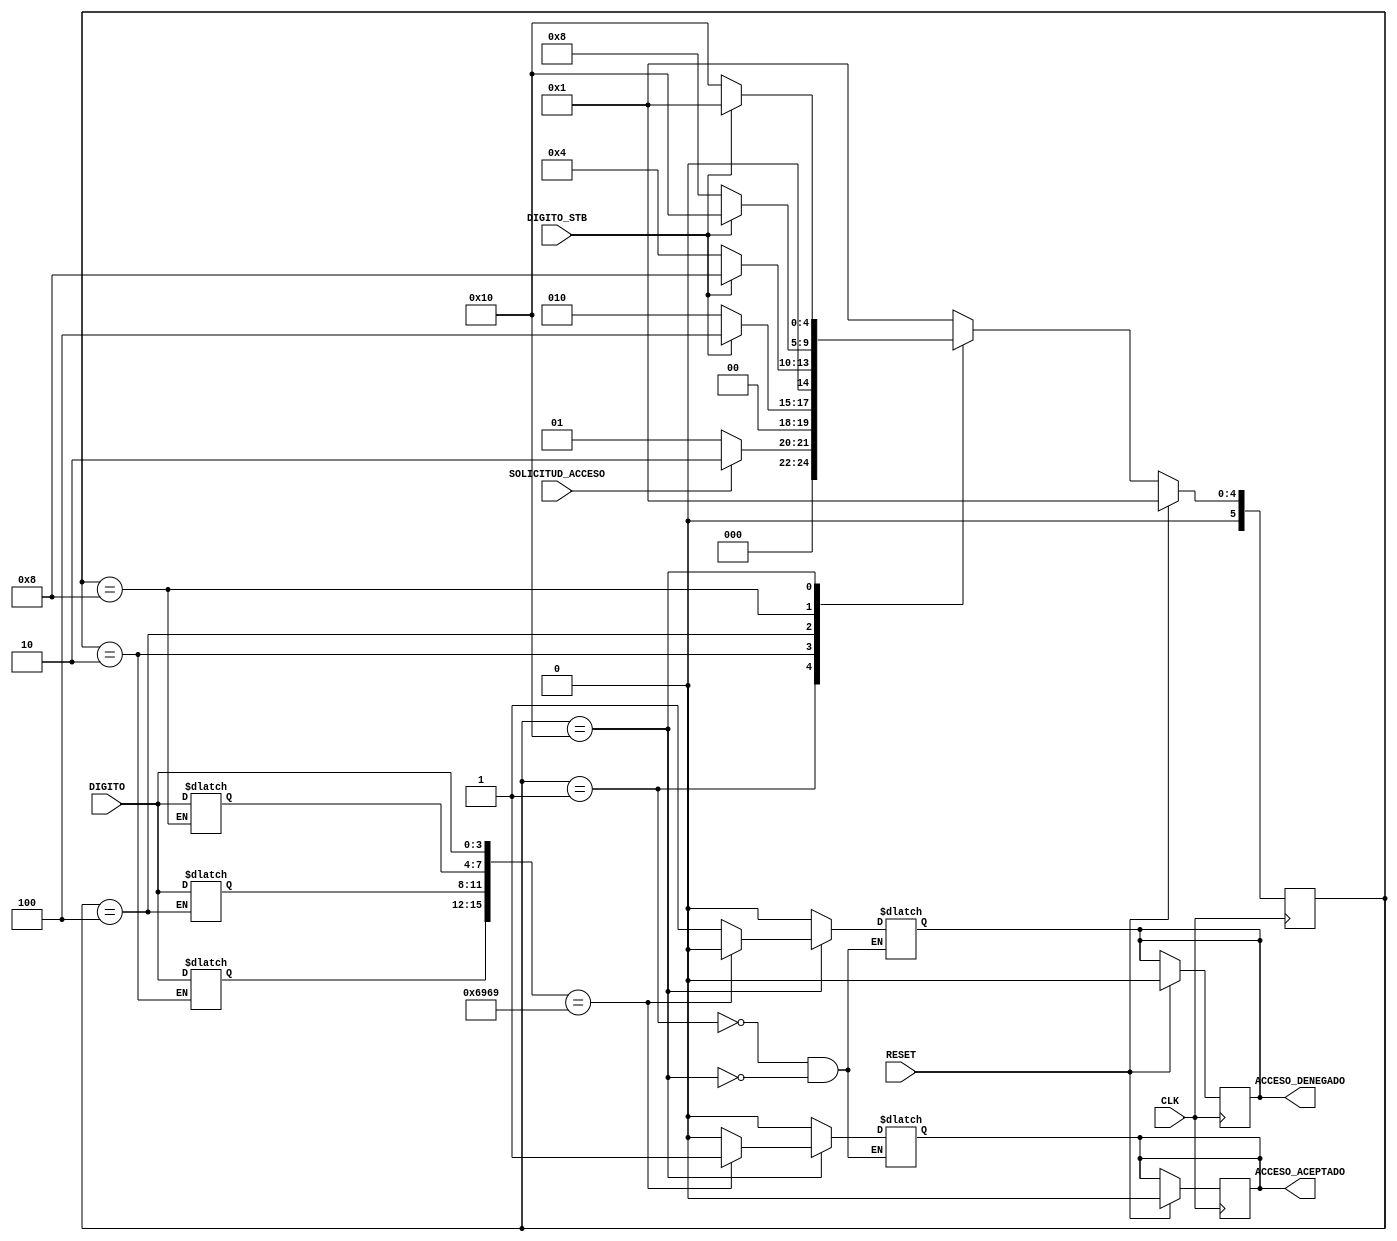
//------------------------------//
// Proyecto 1b                  //
// Capacitacin VLSI            //
// Daniel Rodrguez Alvarado    //
//------------------------------//

module ME(
    input CLK, RESET, DIGITO_STB, SOLICITUD_ACCESO, 
    input [3:0] DIGITO,
    output reg ACCESO_ACEPTADO, ACCESO_DENEGADO
);

// Codificacin de estados
parameter ESPERA                = 5'b00001;
parameter INTRODUCIENDO_PIN_1   = 5'b00010;
parameter INTRODUCIENDO_PIN_2   = 5'b00100;
parameter INTRODUCIENDO_PIN_3   = 5'b01000;
parameter INTRODUCIENDO_PIN_4   = 5'b10000;

// Registros internos
reg [5:0] ESTADO, PROX_ESTADO;
reg [15:0] CLAVE = 16'h6969;
reg [15:0] CLAVE_INTRODUCIDA = 0;

// Descripcin de Flip-Flops
always @(posedge CLK) begin
    if (RESET) begin
        ESTADO <= ESPERA;
        ACCESO_ACEPTADO <= 0;
        ACCESO_DENEGADO <= 0;
    end else begin
        ESTADO <= PROX_ESTADO;    
    end
end

// Lgica de prximo estado
always @(*) begin
    case (ESTADO)
        ESPERA: PROX_ESTADO = (SOLICITUD_ACCESO) ? INTRODUCIENDO_PIN_1 : ESPERA;
        INTRODUCIENDO_PIN_1: PROX_ESTADO = (DIGITO_STB) ? INTRODUCIENDO_PIN_2   : INTRODUCIENDO_PIN_1;
        INTRODUCIENDO_PIN_2: PROX_ESTADO = (DIGITO_STB) ? INTRODUCIENDO_PIN_3   : INTRODUCIENDO_PIN_2;
        INTRODUCIENDO_PIN_3: PROX_ESTADO = (DIGITO_STB) ? INTRODUCIENDO_PIN_4   : INTRODUCIENDO_PIN_3;
        INTRODUCIENDO_PIN_4: PROX_ESTADO = (DIGITO_STB) ? ESPERA                : INTRODUCIENDO_PIN_4;
        default: PROX_ESTADO = ESPERA;
    endcase
end

// Lgica de salidas
always @(ESTADO) begin
    case (ESTADO)
        ESPERA: {ACCESO_ACEPTADO, ACCESO_DENEGADO} = 2'b00;
        INTRODUCIENDO_PIN_1: CLAVE_INTRODUCIDA[15:12] = DIGITO;
        INTRODUCIENDO_PIN_2: CLAVE_INTRODUCIDA[11:8] = DIGITO;
        INTRODUCIENDO_PIN_3: CLAVE_INTRODUCIDA[7:4] = DIGITO;
        INTRODUCIENDO_PIN_4: begin
            CLAVE_INTRODUCIDA[3:0] = DIGITO;
            if (CLAVE_INTRODUCIDA == CLAVE) begin
                ACCESO_ACEPTADO = 1;
                ACCESO_DENEGADO = 0;
            end else begin
                ACCESO_ACEPTADO = 0;
                ACCESO_DENEGADO = 1;
            end
        end 
    endcase
end

endmodule